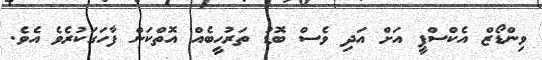
ވިންޑޯޒް އެކްސްޕީ އަށް އަދި ވެސް ބޮޑު ތަރުހީބެއް އޮތްކަން ފާހަގަކުރެވެ އެވެ.